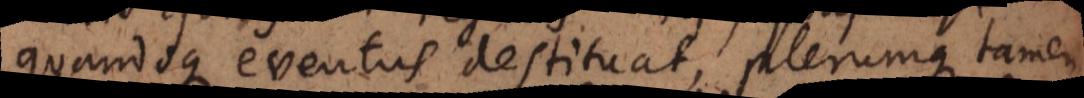
quandoque eventus destituat, plerumque tamen